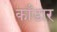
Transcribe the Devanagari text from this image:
काँडार